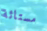
مستائة